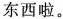
东西啦。